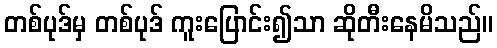
တစ်ပုဒ်မှ တစ်ပုဒ် ကူးပြောင်း၍သာ ဆိုတီးနေမိသည်။